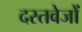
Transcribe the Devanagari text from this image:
दस्तवेजों